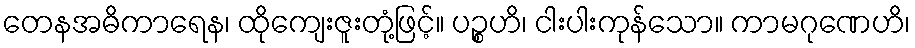
တေနအဓိကာရေန၊ ထိုကျေးဇူးတုံ့ဖြင့်။ ပဉ္စဟိ၊ ငါးပါးကုန်သော။ ကာမဂုဏေဟိ၊